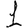
Digit: 1